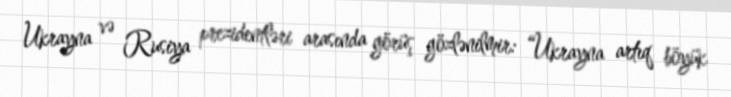
Ukrayna və Rusiya prezidentləri arasında görüş gözlənilmir: “Ukrayna artıq böyük